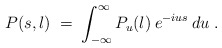
\begin{align*}P(s,l) \;=\; \int_{-\infty}^\infty P_u(l) \:e^{-ius} \:du \;. \end{align*}